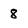
Character: 8